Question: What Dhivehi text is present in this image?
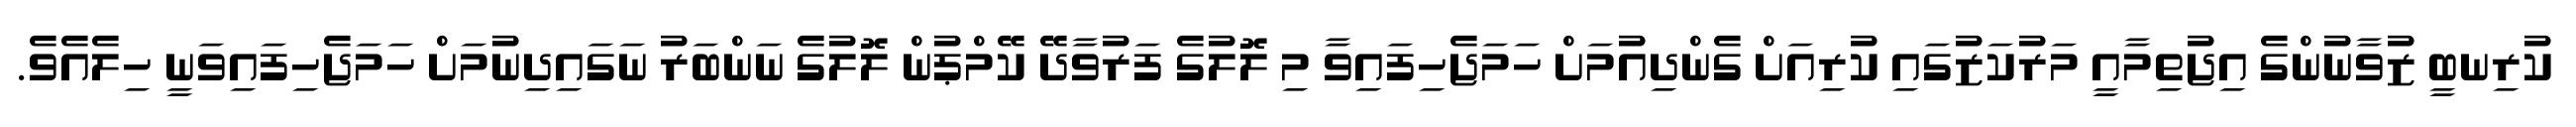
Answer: ކުރިނބީ ޒުވާނުންގެ އިޖުތިމާއީ މަރުކަޒުގައި ކުރިއަށް ގެންދިއުމަށް ހަމަޖެހިފައިވާ މި ލޮލުގެ ފަރުވާދޭ ކޭމްޕުން ލޮލުގެ ނަންބަރު ނަގައިދިނުމަށް ހަމަޖެހިފައިވަނީ ހިލެއެވެ.